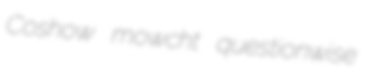
Coshow mowcht questionwise